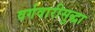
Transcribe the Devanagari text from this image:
वर्गवारीसुद्धा